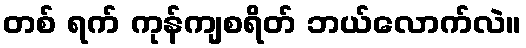
တစ် ရက် ကုန်ကျစရိတ် ဘယ်လောက်လဲ။